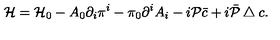
{ \cal H } = { \cal H } _ { 0 } - A _ { 0 } \partial _ { i } \pi ^ { i } - \pi _ { 0 } \partial ^ { i } A _ { i } - i { \cal P } \bar { c } + i \bar { \cal P } \bigtriangleup c .